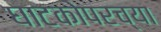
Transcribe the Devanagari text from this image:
घाटकोपरच्या